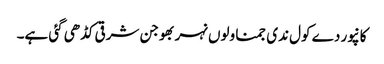
کانپور دے کول ندی جمنا ولوں نہر بھوجن شرقی کڈھی گئی ہے۔